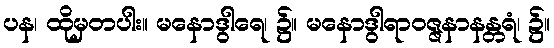
ပန၊ ထိုမှတပါး။ မနောဒွါရေ၊ ၌။ မနောဒွါရာဝဇ္ဇနာနန္တရံ၊ ၌။